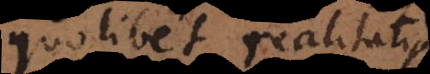
quolibet realitatis